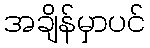
အချိန်မှာပင်